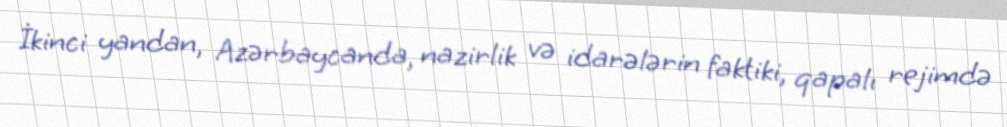
İkinci yandan, Azərbaycanda, nazirlik və idarələrin faktiki, qapalı rejimdə